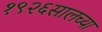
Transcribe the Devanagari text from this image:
१९२६सालच्या